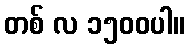
တစ် လ ၁၅၀၀ပါ။